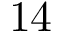
1 4